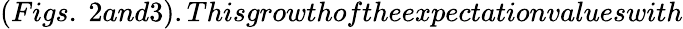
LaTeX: (Figs.~2and3).Thisgrowthoftheexpectationvalueswith